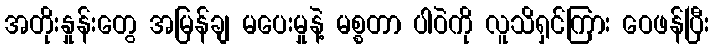
အတိုးနှုန်းတွေ အမြန်ချ မပေးမှုနဲ့ မစ္စတာ ပါဝဲကို လူသိရှင်ကြား ဝေဖန်ပြီး